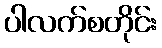
ပါလက်စတိုင်း